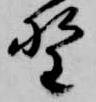
野